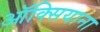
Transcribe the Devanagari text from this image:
ऑक्सियाना